Annual returns of the Patna Lunatic Asylum at Bankipore in Bihar and Orissa - 1912-1924
Year: 1912
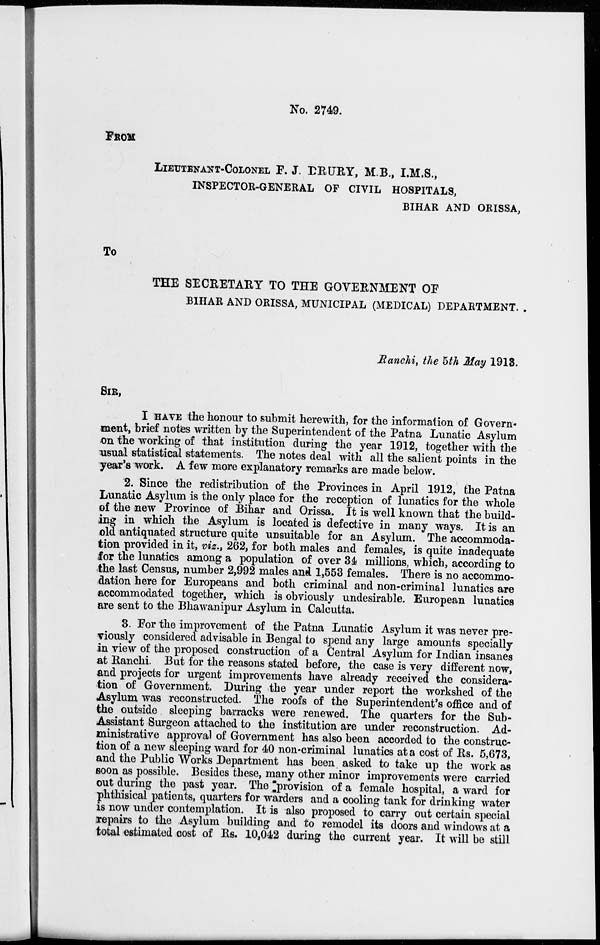
No. 2749.
FROM
LIEUTENANT-COLONEL F. J. DRURY, M.B., I.M.S.,
INSPECTOR-GENERAL OF CIVIL HOSPITALS,
BIHAR AND ORISSA,
To
THE SECRETARY TO THE GOVERNMENT OF
BIHAR AND ORISSA, MUNICIPAL (MEDICAL) DEPARTMENT.
Ranchi, the 5th May 1913.
SIR,
I HAVE the honour to submit herewith, for the information of Govern-
ment, brief notes written by the Superintendent of the Patna Lunatic Asylum
on the working of that institution during the year 1912, together with the
usual statistical statements. The notes deal with all the salient points in the
year's work. A few more explanatory remarks are made below.
2. Since the redistribution of the Provinces in April 1912, the Patna
Lunatic Asylum is the only place for the reception of lunatics for the whole
of the new Province of Bihar and Orissa. It is well known that the build-
ing in which the Asylum is located is defective in many ways. It is an
old antiquated structure quite unsuitable for an Asylum. The accommoda-
tion provided in it, viz., 262, for both males and females, is quite inadequate
for the lunatics among a population of over 34 millions, which, according to
the last Census, number 2,992 males and 1,553 females. There is no accommo-
dation here for Europeans and both criminal and non-criminal lunatics are
accommodated together, which is obviously undesirable. European lunatics
are sent to the Bhawanipur Asylum in Calcutta.
3. For the improvement of the Patna Lunatic Asylum it was never pre-
viously considered advisable in Bengal to spend any large amounts specially
in view of the proposed construction of a Central Asylum for Indian insanes
at Ranchi. But for the reasons stated before, the case is very different now,
and projects for urgent improvements have already received the considera-
tion of Government. During the year under report the workshed of the
Asylum was reconstructed. The roofs of the Superintendent's office and of
the outside sleeping barracks were renewed. The quarters for the Sub-
Assistant Surgeon attached to the institution are under reconstruction. Ad-
ministrative approval of Government has also been accorded to the construc-
tion of a new sleeping ward for 40 non-criminal lunatics at a cost of Rs. 5,673,
and the Public Works Department has been asked to take up the work as
soon as possible. Besides these, many other minor improvements were carried
out during the past year. The provision of a female hospital, a ward for
phthisical patients, quarters for warders and a cooling tank for drinking water
is now under contemplation. It is also proposed to carry out certain special
repairs to the Asylum building and to remodel its doors and windows at a
total estimated cost of Rs. 10,042 during the current year. It will be still